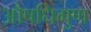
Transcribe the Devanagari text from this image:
औषधिगुण